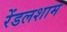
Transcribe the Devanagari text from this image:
रेंडलशाम